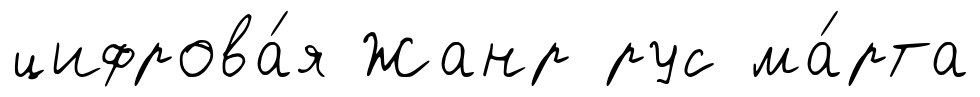
цифрова́я Жанр рус ма́рта